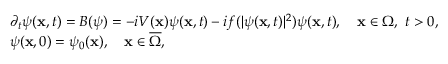
\begin{array} { r l } & { \partial _ { t } \psi ( \mathbf { x } , t ) = B ( \psi ) = - i V ( \mathbf { x } ) \psi ( \mathbf { x } , t ) - i f ( | \psi ( \mathbf { x } , t ) | ^ { 2 } ) \psi ( \mathbf { x } , t ) , \quad \mathbf { x } \in \Omega , \ t > 0 , } \\ & { \psi ( \mathbf { x } , 0 ) = \psi _ { 0 } ( \mathbf { x } ) , \quad \mathbf { x } \in \overline { { \Omega } } , } \end{array}